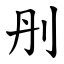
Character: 刐